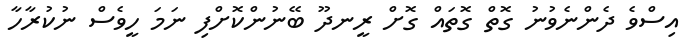
އިސްވެ ދެންނެވުނު ގޮތް ގޮތައް ގޮށް ރީނދޫ ބޭނުންކޮށްފި ނަމަ ހީވެސް ނުކުރާހާ